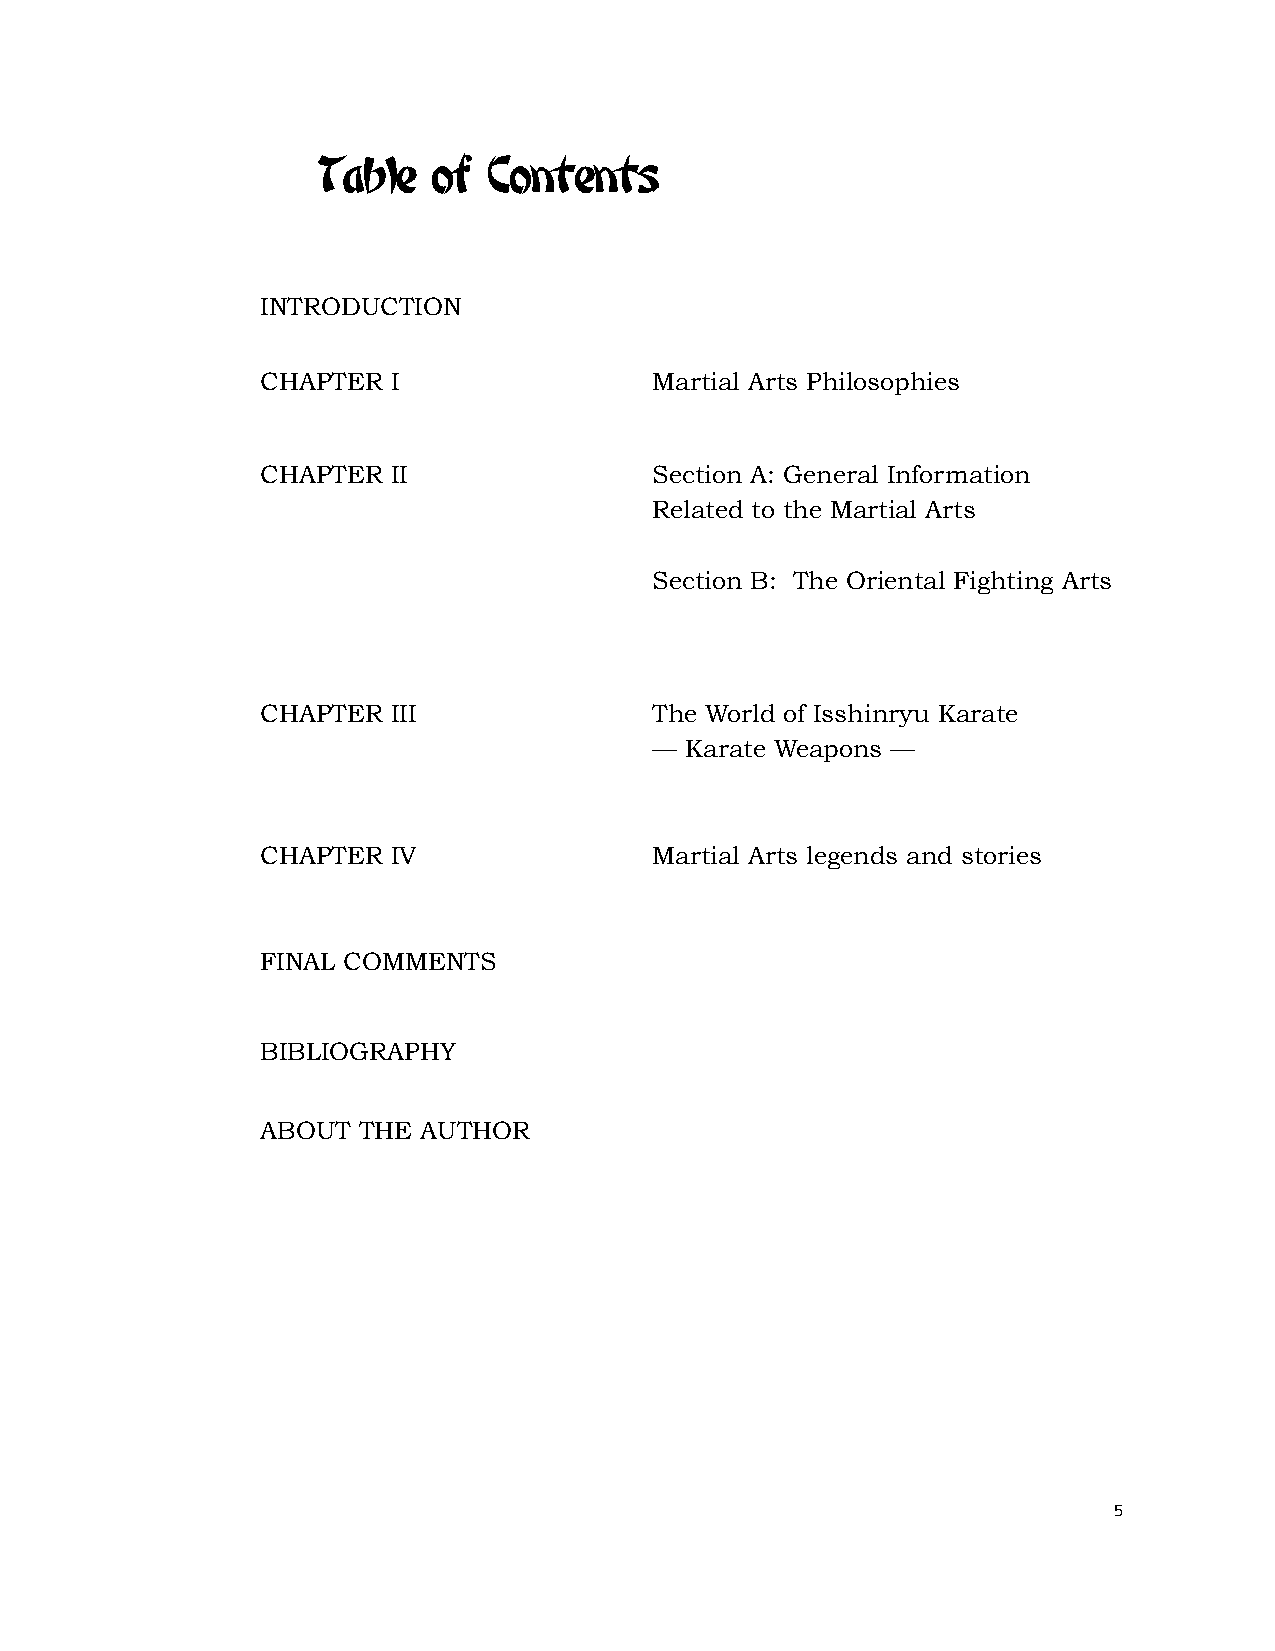
Table   of Contents
 INTRODUCTION
 CHAPTER  I                Martial Arts Philosophies
 CHAPTER  II               Section A: General Information
 Related to the Martial Arts
 Section B: The Oriental Fighting Arts
 CHAPTER  III              The World of Isshinryu Karate
 — Karate Weapons —
 CHAPTER  IV               Martial Arts legends and stories
 FINAL COMMENTS
 BIBLIOGRAPHY
 ABOUT  THE AUTHOR
 5